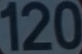
120